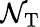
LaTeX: \mathcal{N}_{\mathrm{{T}}}